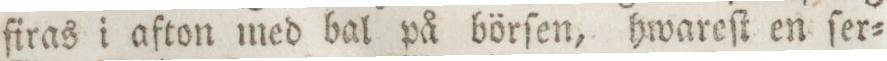
firas i afton med bal på börſen, hwareſt en ſer=